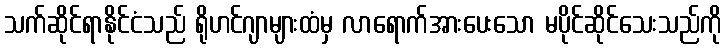
သက်ဆိုင်ရာနိုင်ငံသည် ရိုဟင်ဂျာများထံမှ လာရောက်အားပေးသော မပိုင်ဆိုင်သေးသည်ကို